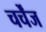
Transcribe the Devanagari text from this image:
चर्चेंज